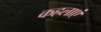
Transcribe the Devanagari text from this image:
कहलाएं